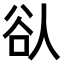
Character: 𫎀